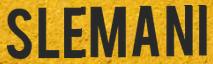
SLEMANI